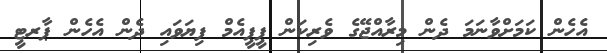
އެހެން ކަމަށްވާނަމަ ދެން މިރާއްޖޭގެ ވެރިކަން ޕީޕީއެމް ފިޔަވައި ދެން އެހެން ޕާރޓީ